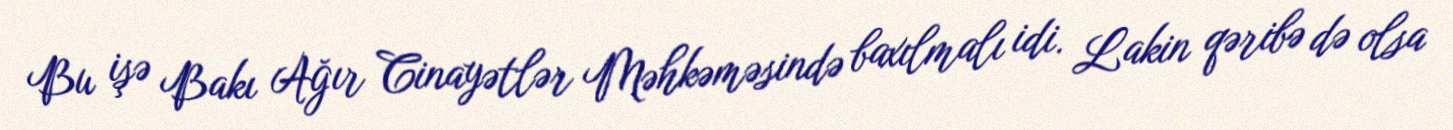
Bu işə Bakı Ağır Cinayətlər Məhkəməsində baxılmalı idi. Lakin qəribə də olsa